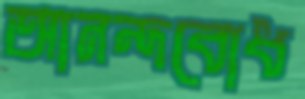
আনন্দবোধ